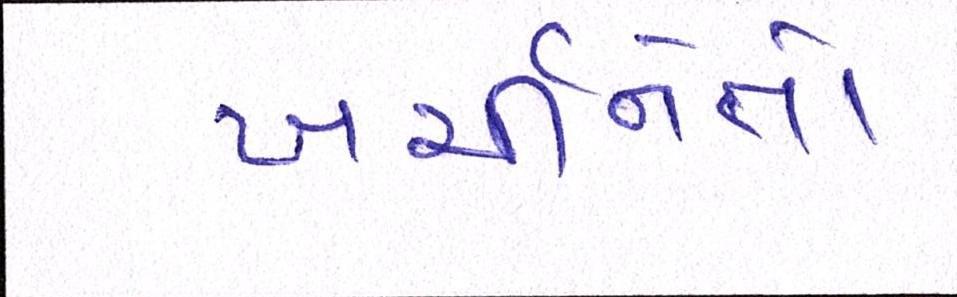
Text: ખર્ચીનેતો